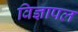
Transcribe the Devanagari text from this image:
विज्ञापल